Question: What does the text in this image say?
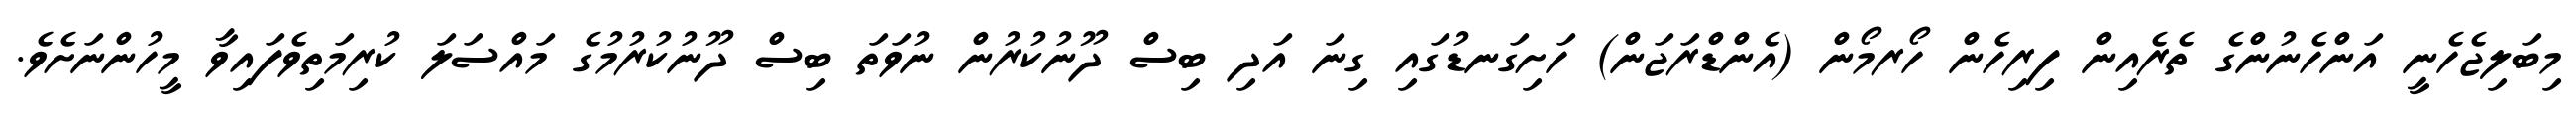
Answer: މިބަލިޖެހެނީ އަންހެނުންގެ ތެރެއިން ފިރިހެން ހޯރމޯން (އެންޑްރަޖަން) ހަށިގަނޑުގައި ގިނަ އަދި ބިސް ދޫނުކުރުން ނުވަތަ ބިސް ދޫނުކުރުމުގެ މައްސަލަ ކުރިމަތިވެފައިވާ މީހުންނަށެވެ.